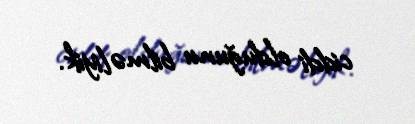
ciddi olduğunu bilməliyik.